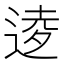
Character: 𫐫